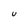
Character: U